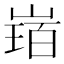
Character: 𡻂